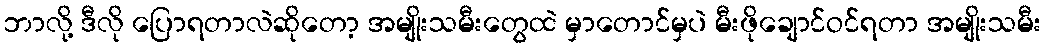
ဘာလို့ ဒီလို ပြောရတာလဲဆိုတော့ အမျိုးသမီးတွေထဲ မှာတောင်မှပဲ မီးဖိုချောင်ဝင်ရတာ အမျိုးသမီး